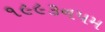
૧૯૯૩નપમ